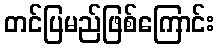
တင်ပြမည်ဖြစ်ကြောင်း